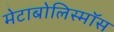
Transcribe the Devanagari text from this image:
मेटाबोलिस्मॉस